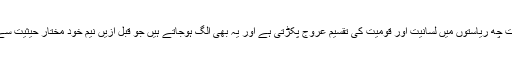
سربیا، بوسینا اور مونٹی نیگرو سمیت چھ ریاستوں میں لسانیت اور قومیت کی تقسیم عروج پکڑتی ہے اور یہ بھی الگ ہوجاتے ہیں جو قبل ازیں نیم خود مختار حیثیت سے سلطنت کے سامنے سرنگوں تھیں۔